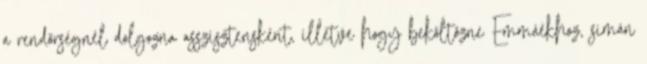
a rendőrségnél dolgozna asszisztensként, illetve hogy beköltözne Emmáékhoz, simán